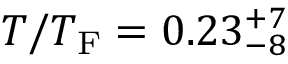
T / T _ { \mathrm { F } } = 0 . 2 3 _ { - 8 } ^ { + 7 }